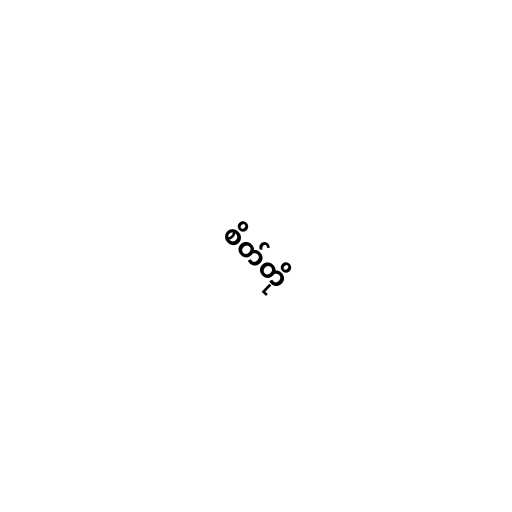
စိတ်တို